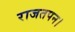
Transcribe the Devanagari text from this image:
राजतपन।